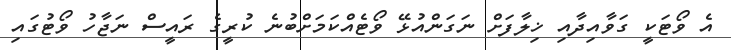
އެ ވޯޓަކީ ގަވާއިދާއި ޚިލާފަށް ނަގަންއުޅޭ ވޯޓެއްކަމަށްބުނެ ކުރީގެ ރައީސް ނަޖާހު ވޯޓުގައި